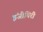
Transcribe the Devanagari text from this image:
इंजीयिरी